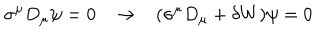
\sigma ^ { \mu } D _ { \mu } \psi = 0 \rightarrow ( \sigma ^ { \mu } D _ { \mu } + \delta W ) \psi = 0